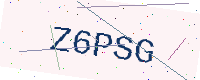
Text: Z6PSG